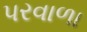
પરવાળા